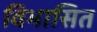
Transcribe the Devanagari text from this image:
विभासित